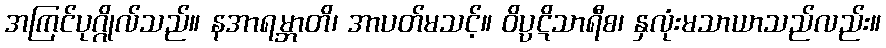
အကြင်ပုဂ္ဂိုလ်သည်။ နအာရမ္ဘာတိ၊ အာပတ်မသင့်။ ဝိပ္ပဋိသာရီစ၊ နှလုံးမသာယာသည်လည်း။